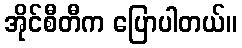
အိုင်စီတီက ပြောပါတယ်။